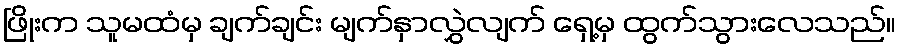
ဖြိုးက သူမထံမှ ချက်ချင်း မျက်နှာလွှဲလျက် ရှေ့မှ ထွက်သွားလေသည်။